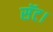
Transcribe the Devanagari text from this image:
सॅट।